Report on the bubonic plague in Bombay, 1896-1897
Year: 1896
Disease focus: Plague
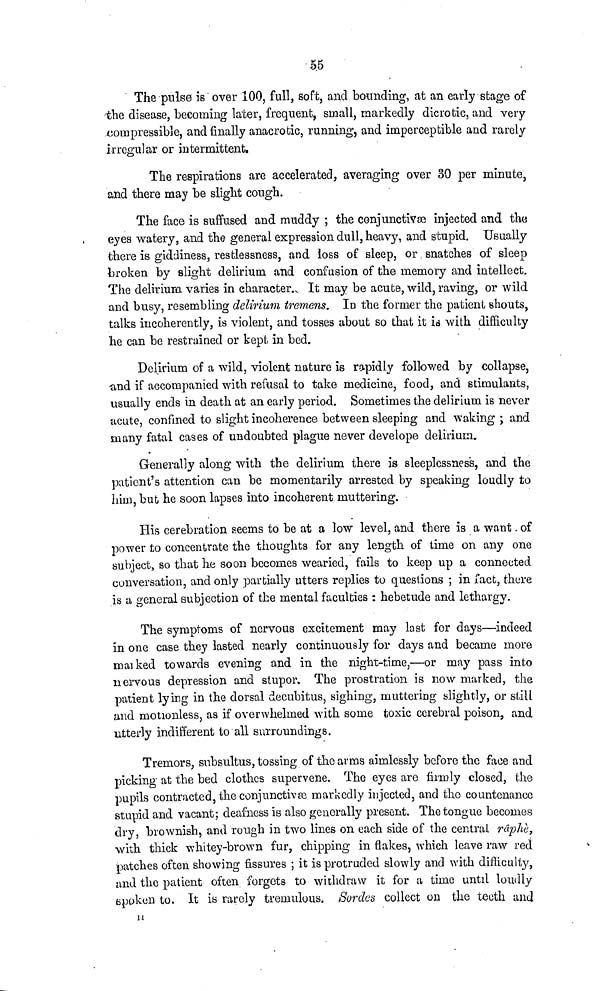
55
The pulse is over 100, full, soft, and bounding, at an early stage of
the disease, becoming later, frequent, small, markedly dicrotic, and very
compressible, and finally anaerotic, running, and imperceptible and rarely
irregular or intermittent.
The respirations are accelerated, averaging over 30 per minute,
and there may be slight cough.
The face is suffused and muddy ; the conjunctivæ injected and the
eyes watery, and the general expression dull, heavy, and stupid. Usually
there is giddiness, restlessness, and loss of sleep, or snatches of sleep
broken by slight delirium and confusion of the memory and intellect.
The delirium varies in character. It may be acute, wild, raving, or wild
and busy, resembling delirium tremens. ID the former the patient shouts,
talks incoherently, is violent, and tosses about so that it id with difficulty
he can be restrained or kept in bed.
Delirium of a wild, violent nature is rapidly followed by collapse,
and if accompanied with refusal to take medicine, food, and stimulants,
usually ends in death at an early period. Sometimes the delirium is never
acute, confined to slight incoherence between sleeping and waking ; and
many fatal cases of undoubted plague never develope delirium.
Generally along with the delirium there is sleeplessness, and the
patient's attention can be momentarily arrested by speaking loudly to
him, but he soon lapses into incoherent muttering.
His cerebration seems to be at a low level, and there is a want of
power to concentrate the thoughts for any length of time on any one
subject, so that he soon becomes wearied, fails to keep up a connected
conversation, and only partially utters replies to questions ; in fact, there
is a general subjection of the mental faculties : hebetude and lethargy.
The symptoms of nervous excitement may last for days—indeed
in one case they lasted nearly continuously for days and became more
marked towards evening and in the night-time,—or may pass into
nervous depression and stupor. The prostration is now marked, the
patient lying in the dorsal decubitus, sighing, muttering slightly, or still
and motionless, as if overwhelmed with some toxic cerebral poison, and
utterly indifferent to all surroundings.
Tremors, subsultus, tossing of the arms aimlessly before the face and
picking at the bed clothes supervene. The eyes are firmly closed, the
pupils contracted, the conjunctivæ markedly injected, and the countenance
stupid and vacant; deafness is also generally present. The tongue becomes
dry, brownish, and rough in two lines on each side of the centrai râphè,
with thick whitey-brown fur, chipping in flakes, which leave raw red
patches often showing fissures ; it is protruded slowly and with difficulty,
und the patient often forgets to withdraw it for a time until loudly
spoken to. It is rarely tremulous. Sordes collect on the teeth and
H